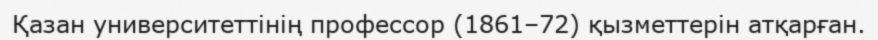
Қазан университеттінің профессор (1861–72) қызметтерін атқарған.